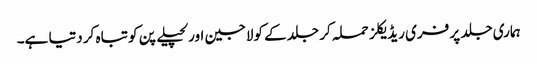
ہماری جلد پر فری ریڈیکلز حملہ کر جلد کے کولاجین اور لچیلے پن کو تباہ کر دتیا ہے۔